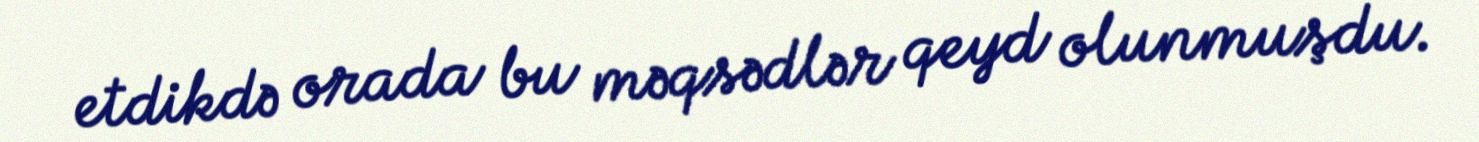
etdikdə orada bu məqsədlər qeyd olunmuşdu.